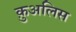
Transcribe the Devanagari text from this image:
क़ुअलिस